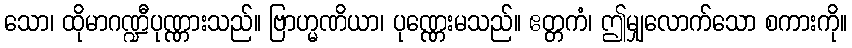
သော၊ ထိုမာဂဏ္ဍီပုဏ္ဏားသည်။ ဗြာဟ္မဏိယာ၊ ပုဏ္ဏေးမသည်။ ဧတ္တကံ၊ ဤမျှလောက်သော စကားကို။